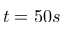
t = 5 0 s